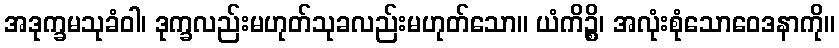
အဒုက္ခမသုခံဝါ၊ ဒုက္ခလည်းမဟုတ်သုခလည်းမဟုတ်သော။ ယံကိဉ္စိ၊ အလုံးစုံသောဝေဒနာကို။